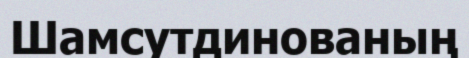
Шамсутдинованың